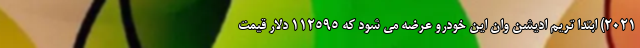
2021) ابتدا تریم ادیشن وان این خودرو عرضه می شود که 112595 دلار قیمت